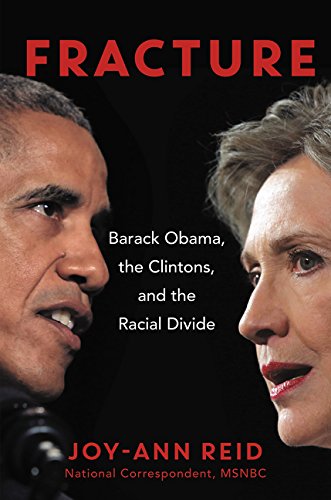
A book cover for Fracture: Barack Obama, the Clintons, and the Racial Divide; Joy-Ann Reid; Politics & Social Sciences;